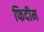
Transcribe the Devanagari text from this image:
फिदीम